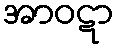
အာဝဋာ